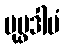
ပုပ္ဖဒါမံ